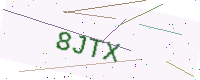
Text: 8JTX